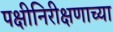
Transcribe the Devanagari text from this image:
पक्षीनिरीक्षणाच्या